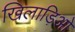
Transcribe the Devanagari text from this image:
खिलाड़िओ